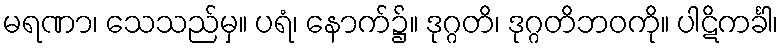
မရဏာ၊ သေသည်မှ။ ပရံ၊ နောက်၌။ ဒုဂ္ဂတိ၊ ဒုဂ္ဂတိဘဝကို။ ပါဋိကင်္ခါ၊